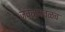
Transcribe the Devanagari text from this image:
जवळजवळच